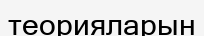
теорияларын